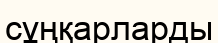
сұңқарларды